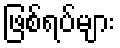
ဖြစ်ရပ်များ